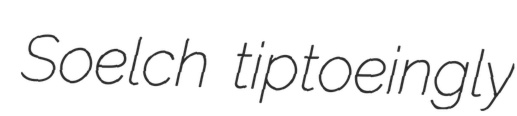
Soelch tiptoeingly